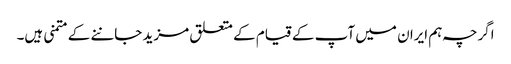
اگرچہ ہم ایران میں آپ کے قیام کے متعلق مزید جاننے کے متمنی ہیں۔